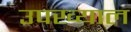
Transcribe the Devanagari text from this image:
उपख्याल